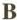
B